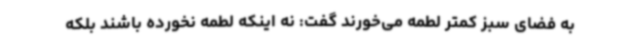
به فضای سبز کمتر لطمه می‌خورند گفت: نه اینکه لطمه نخورده باشند بلکه